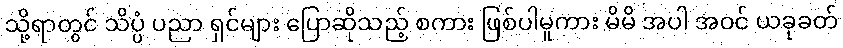
သို့ရာတွင် သိပ္ပံ ပညာ ရှင်များ ပြောဆိုသည့် စကား ဖြစ်ပါမူကား မိမိ အပါ အဝင် ယခုခတ်